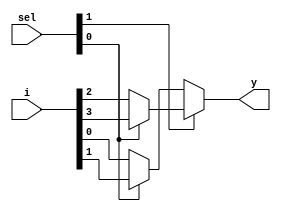
module mux(
	output		  y,
	input [1:0] sel,
	input [3:0] i
);

assign y = sel[1] ?
          (sel[0] ? i[3] : i[2]):
					(sel[0] ? i[1] : i[0]);

endmodule

//zadania:
//1 symulacja behawioralna